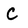
Character: C